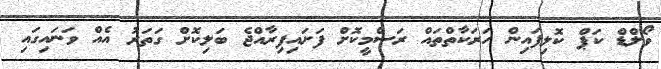
ވޯލްޑް ކަޕް ކޮލިފައިން ހަރަކާތްތައް ރަސްމީކޮށް ފަށައިފިރާއްޖެ ބަލިކޮށް ގަތަރު އެއް ވަނައިގައި